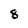
Character: 8